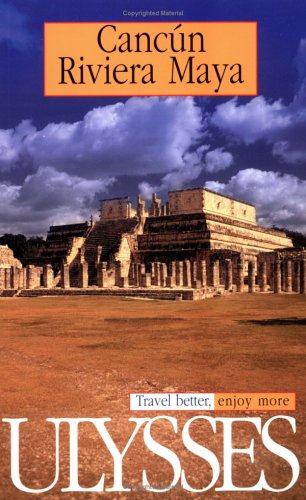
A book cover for Ulysses Travel Guide Cancun, Riviera Maya (Ulysses Travel Guides); Ulysses Press; Travel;